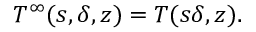
T ^ { \infty } ( s , \delta , z ) = { \cal T } ( s \delta , z ) .